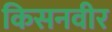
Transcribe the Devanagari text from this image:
किसनवीर